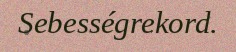
Sebességrekord.